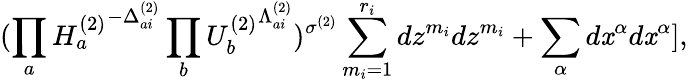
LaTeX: (\prod_{a}{H_{a}^{(2)}}^{-\Delta_{ai}^{(2)}}\prod_{b}{U_{b}^{(2)}}^{\Lambda_{ai}^{(2)}})^{\sigma^{(2)}}\sum_{m_{i}=1}^{r_{i}}dz^{m_{i}}dz^{m_{i}}+\sum_{\alpha}d\mathit{x}^{\alpha}d\mathit{x}^{\alpha}],